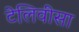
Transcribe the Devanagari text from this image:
टेलिवीसा